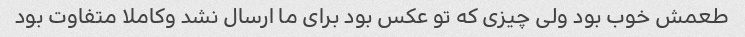
طعمش خوب بود ولی چیزی که تو عکس بود برای ما ارسال نشد وکاملا متفاوت بود